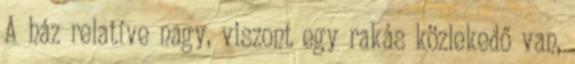
A ház relatíve nagy, viszont egy rakás közlekedő van,